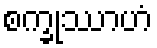
စက္ခုဿာဟံ